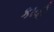
કાવી